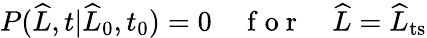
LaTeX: \begin{array}{r}{P(\widehat{L},t|\widehat{L}_{0},t_{0})=0\quad\mathrm{~f~o~r~}\quad\widehat{L}=\widehat{L}_{\mathrm{ts}}}\end{array}